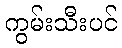
ကွမ်းသီးပင်